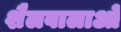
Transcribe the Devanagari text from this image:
शैलवालाओं